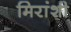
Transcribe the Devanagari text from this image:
मिरांशी